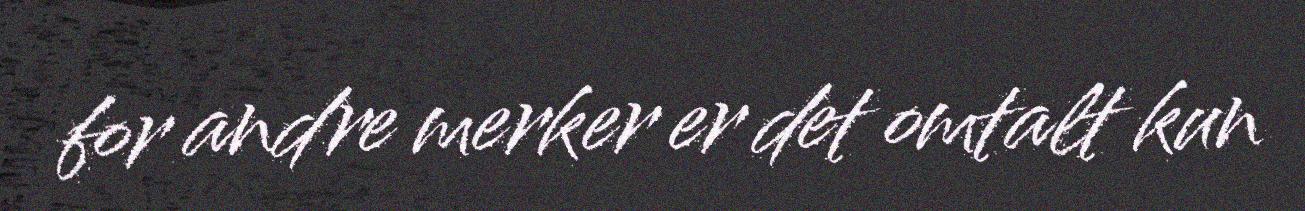
for andre merker er det omtalt kun